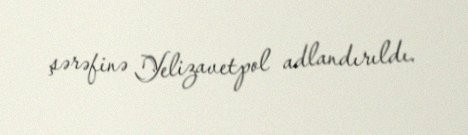
şərəfinə Yelizavetpol adlandırıldı.